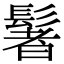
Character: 䰇